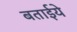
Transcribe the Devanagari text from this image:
बताईये